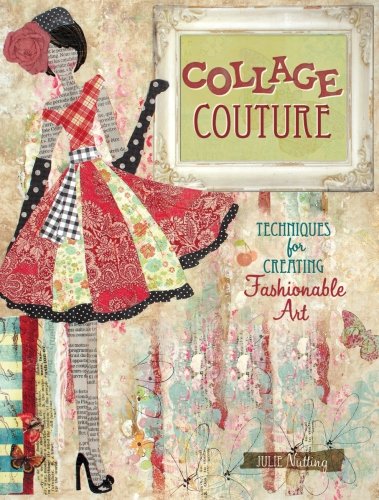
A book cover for Collage Couture: Techniques for Creating Fashionable Art; Julie Nutting; Crafts, Hobbies & Home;